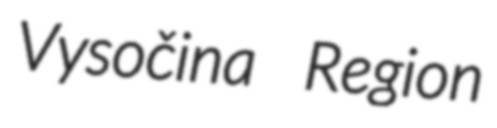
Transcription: Vysočina Region